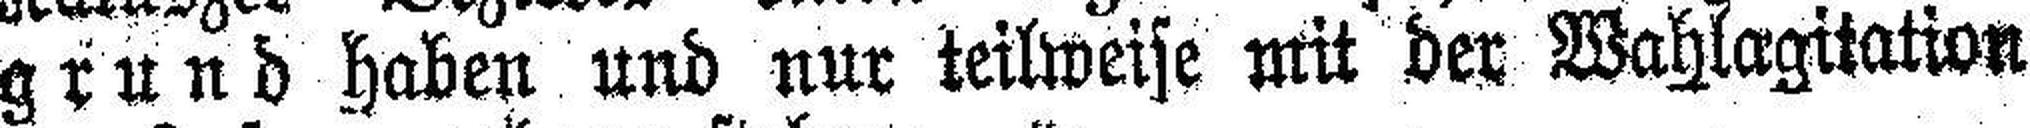
grund haben und nur teilweise mit der Wahlagitation